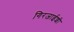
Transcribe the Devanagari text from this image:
गिरजाईशी